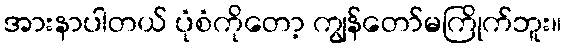
အားနာပါတယ် ပုံစံကိုတော့ ကျွန်တော်မကြိုက်ဘူး။